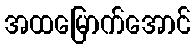
အထမြောက်အောင်